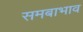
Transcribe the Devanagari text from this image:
समबाभाव